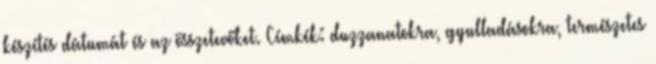
készítés dátumát és az összetevőket. Címkék: duzzanatokra, gyulladásokra, természetes